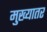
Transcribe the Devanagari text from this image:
मुख्यातर